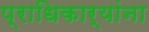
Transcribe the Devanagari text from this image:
प्राधिकार्यांना